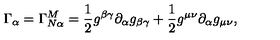
\Gamma _ { \alpha } = \Gamma _ { N \alpha } ^ { M } = \frac { 1 } { 2 } g ^ { \beta \gamma } \partial _ { \alpha } g _ { \beta \gamma } + \frac { 1 } { 2 } g ^ { \mu \nu } \partial _ { \alpha } g _ { \mu \nu } ,